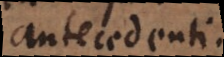
antecedenti.